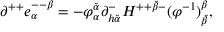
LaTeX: \partial ^ { + + } e _ { \alpha } ^ { -- \beta } = - \varphi _ { \alpha } ^ { \breve { \alpha } } \partial _ { h { \breve { \alpha } } } ^ { - } H ^ { + + { \breve { \beta } } - } ( \varphi ^ { - 1 } ) _ { \breve { \beta } } ^ { \beta } ,